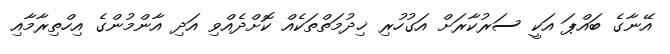
އޭނާގެ ބައްޕަ އަކީ ސަރުކާރަށް އަގުހުރި ޚިދުމަތްތަކެއް ކޮށްދެއްވި އަދި އާންމުންގެ އިހްތިރާމާއި